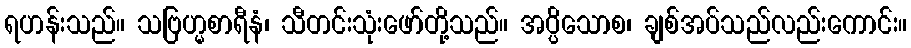
ရဟန်းသည်။ သဗြဟ္မစာရီနံ၊ သီတင်းသုံးဖော်တို့သည်။ အပ္ပိသောစ၊ ချစ်အပ်သည်လည်းကောင်း။